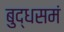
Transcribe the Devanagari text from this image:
बुद्धसमं